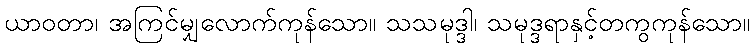
ယာဝတာ၊ အကြင်မျှလောက်ကုန်သော။ သသမုဒ္ဒါ၊ သမုဒ္ဒရာနှင့်တကွကုန်သော။